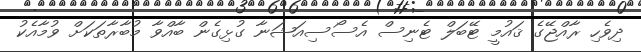
ދިވެހި ރާއްޖޭގެ ޤައުމީ ޓޭބަލް ޓެނިސް އެސޯސިއަޝަނާ ގުޅިގެން ބާއްވާ މުބާރާތަކަށް ވުމާއެކު